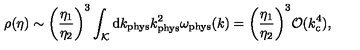
\rho ( \eta ) \sim \biggl ( \frac { \eta _ { 1 } } { \eta _ { 2 } } \biggr ) ^ { 3 } \int _ { \cal K } \mathrm { d } k _ { \mathrm { p h y s } } k _ { \mathrm { p h y s } } ^ { 2 } \omega _ { \mathrm { p h y s } } ( k ) = \biggl ( \frac { \eta _ { 1 } } { \eta _ { 2 } } \biggr ) ^ { 3 } { \cal O } ( k _ { \mathrm { c } } ^ { 4 } ) ,